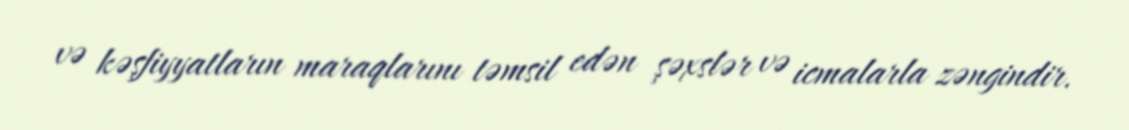
və kəşfiyyatların maraqlarını təmsil edən şəxslər və icmalarla zəngindir.